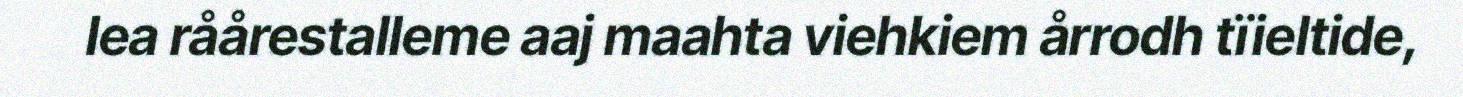
lea råårestalleme aaj maahta viehkiem årrodh tïieltide,